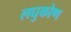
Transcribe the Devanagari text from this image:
लघुकोण